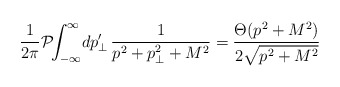
\begin{align*}\frac{1}{2\pi}\mathcal{P}\!\!\int_{-\infty}^\infty\! dp'_\perp\,\frac{1}{p^2+p_\perp^2+M^2}=\frac{\Theta(p^2+M^2)}{2\sqrt{p^2+M^2}}\end{align*}